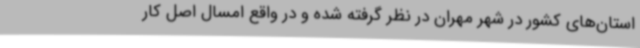
استان‌های کشور در شهر مهران در نظر گرفته شده و در واقع امسال اصل کار